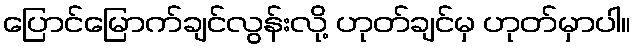
ပြောင်မြောက်ချင်လွန်းလို့ ဟုတ်ချင်မှ ဟုတ်မှာပါ။